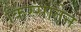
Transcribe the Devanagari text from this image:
किस्सातेन